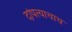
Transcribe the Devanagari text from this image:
दांपत्याचाच